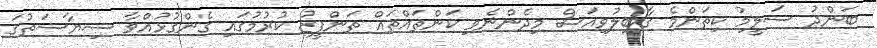
ބަންދު ސަލީމު ކިތަންމެ ގާބިލުވިއަސް މިދެންނެވި ކަންތައްތައް ތަންފީޒު ކުރުމުގައި ގެންގުޅުއްވާ ސިޔާސަތުގަ